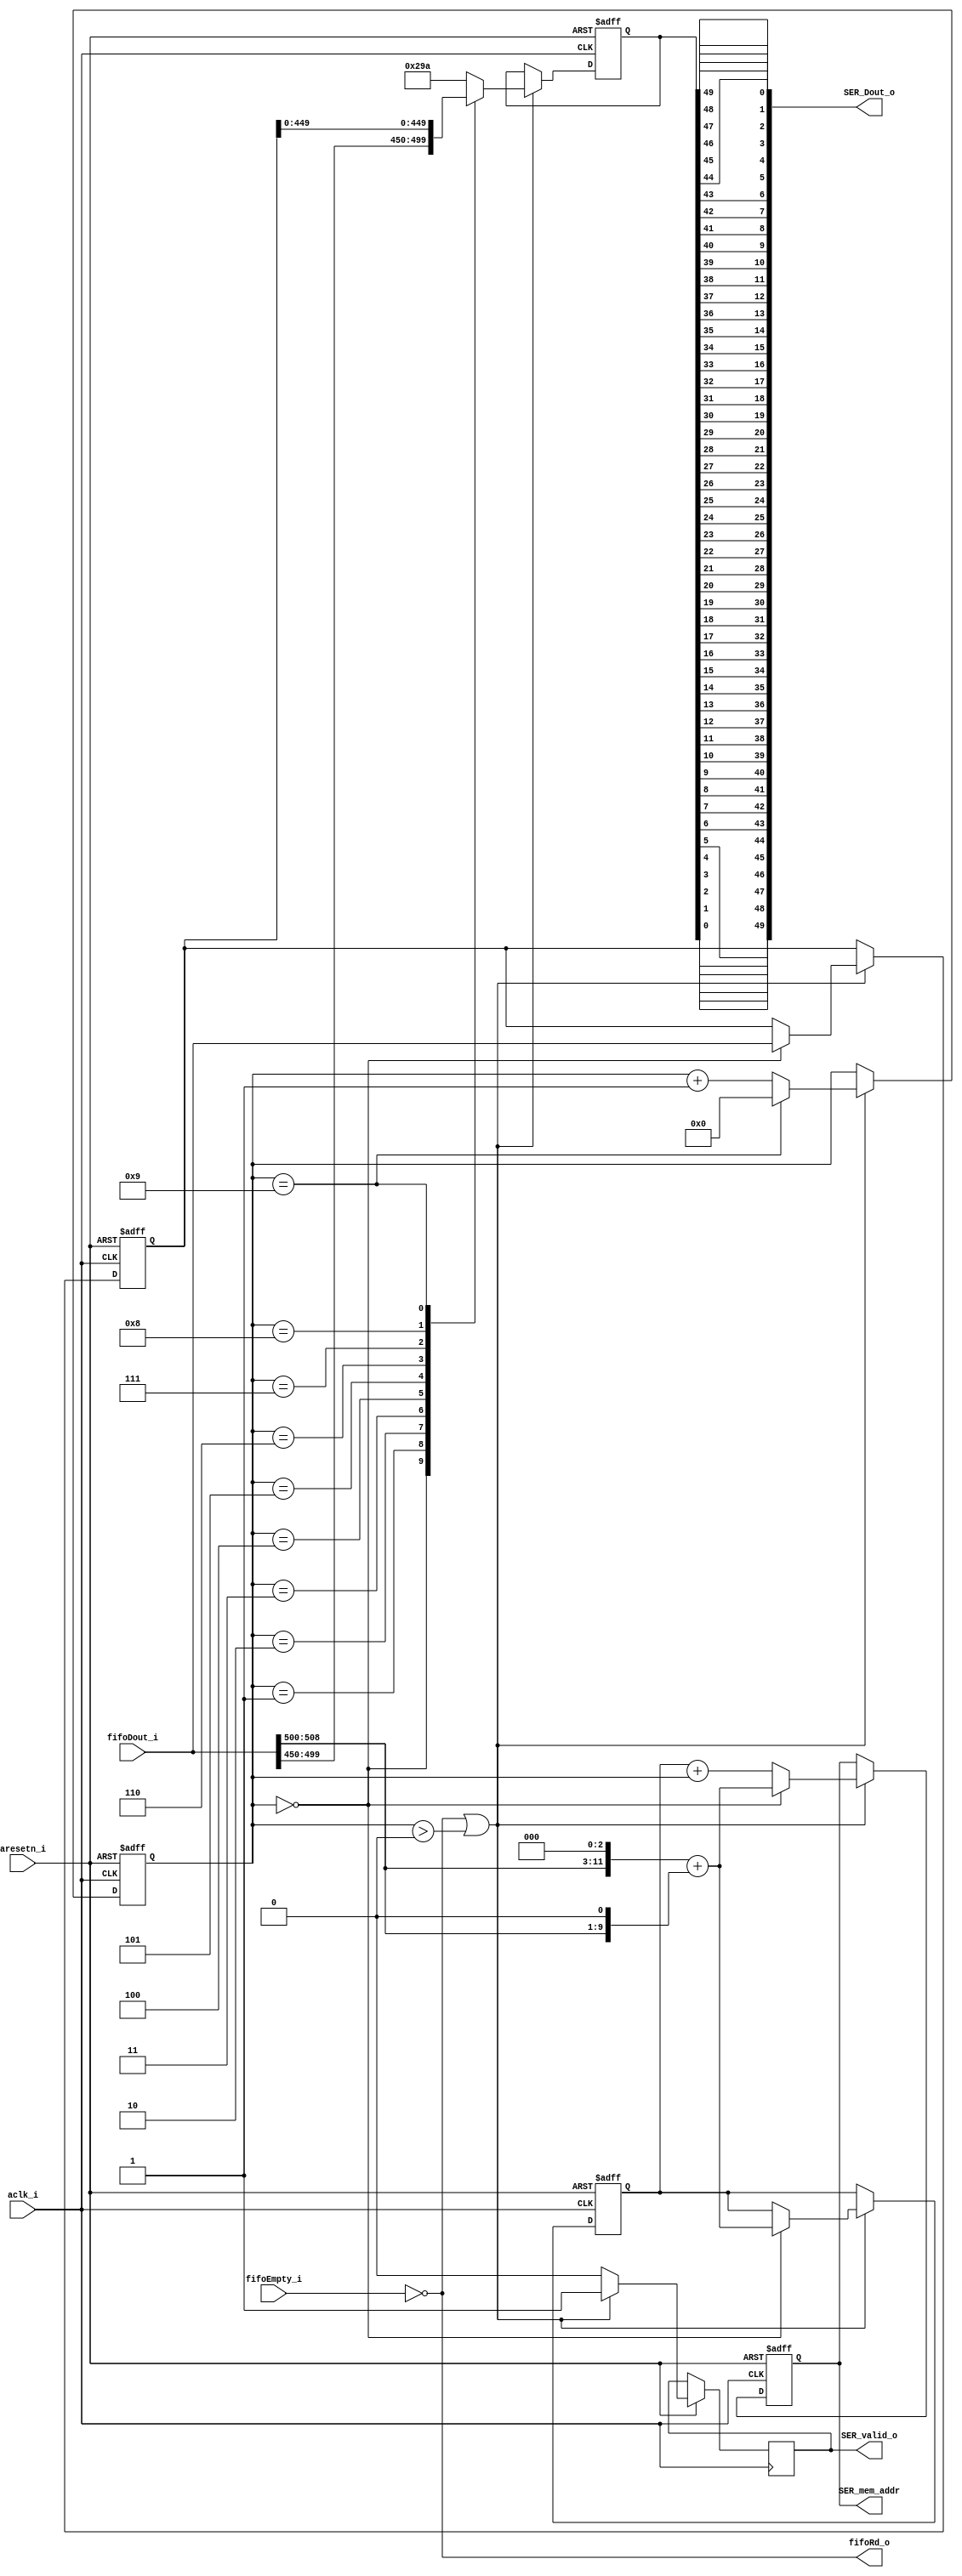
module par_2_ser#(
parameter PAR_WIDTH   = 509,
parameter SER_WIDTH   = 50,
parameter CYCLE_TIMES = 10
)(
  input     aclk_i,
  input     aresetn_i,
  output    fifoRd_o,
  input     fifoEmpty_i,
  input     [PAR_WIDTH-1:0 ]fifoDout_i,
  output    wire [SER_WIDTH-1:0] SER_Dout_o,
  output    reg SER_valid_o,
  output    reg [12:0]  SER_mem_addr
  /*4 5 6 7 8 9 10 11 12 line_addr 0 1 2 3 loop addr*/
);
reg [SER_WIDTH-1:0] data_reverse;
reg [3:0]           loop;
reg [PAR_WIDTH-1:0] cache_PAR;
reg [12:0]          addr_cache;
assign fifoRd_o = !fifoEmpty_i;
always @(posedge aclk_i or negedge aresetn_i) begin
    if(!aresetn_i)begin
        cache_PAR <= 'd0;
        data_reverse  <= 'd0;
        loop <= 'd0;
    end else begin
        if(fifoRd_o|(loop>4'd0)) begin
            SER_valid_o <= 1'd1;
            loop <= loop + 4'd1;
            case (loop)
                4'd0:
                begin 
                    data_reverse  <= fifoDout_i[SER_WIDTH*9+:SER_WIDTH]; 
                    cache_PAR <= fifoDout_i;
                end
                4'd1:data_reverse  <= cache_PAR[SER_WIDTH*8+:SER_WIDTH];
                4'd2:data_reverse  <= cache_PAR[SER_WIDTH*7+:SER_WIDTH];
                4'd3:data_reverse  <= cache_PAR[SER_WIDTH*6+:SER_WIDTH];
                4'd4:data_reverse  <= cache_PAR[SER_WIDTH*5+:SER_WIDTH];
                4'd5:data_reverse  <= cache_PAR[SER_WIDTH*4+:SER_WIDTH];
                4'd6:data_reverse  <= cache_PAR[SER_WIDTH*3+:SER_WIDTH];
                4'd7:data_reverse  <= cache_PAR[SER_WIDTH*2+:SER_WIDTH];
                4'd8:data_reverse  <= cache_PAR[SER_WIDTH*1+:SER_WIDTH];
                4'd9:
                begin 
                    data_reverse  <= cache_PAR[SER_WIDTH*0+:SER_WIDTH];
                    loop <= 4'd0;
                end
                default: data_reverse  <= 50'd666;
            endcase
        end else begin
            SER_valid_o <= 1'd0;
        end 
    end
end

genvar i;
for ( i = 0; i<50; i=i+1) begin
    assign SER_Dout_o[i] = data_reverse[49-i];
end

always @(posedge aclk_i or negedge aresetn_i) begin
    if(!aresetn_i)begin
        addr_cache <= 'd0;
        SER_mem_addr  <= 'd0;
    end else begin
        if(fifoRd_o|(loop>4'd0))begin
            if(loop == 4'd0)begin
                addr_cache <= {fifoDout_i[508:500],3'd0}+{2'd0,fifoDout_i[508:500],1'd0};
                SER_mem_addr <= {fifoDout_i[508:500],3'd0}+{2'd0,fifoDout_i[508:500],1'd0};
            end else begin
                SER_mem_addr <= addr_cache + loop;
            end
        end
    end
end

endmodule